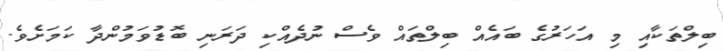
ބިލްތަކާއި މި އަހަރުގެ ބައެއް ބިލްތައް ވެސް ނުދެއްކި ދަރަނި ބޮޑުވަމުންދާ ކަމަށެވެ.